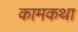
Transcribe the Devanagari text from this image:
कामकथा